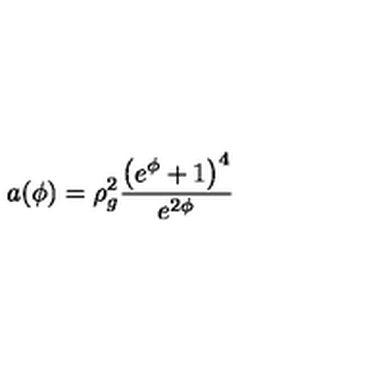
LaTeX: a ( \phi ) = \rho _ { g } ^ { 2 } \frac { \left( e ^ { \phi } + 1 \right) ^ { 4 } } { e ^ { 2 \phi } }